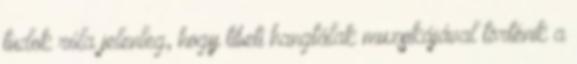
tudok róla jelenleg, hogy tibeti hangtálak muzsikájával történik a